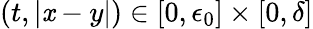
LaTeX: (t,|\mathit{x}-y|)\in[0,\epsilon_{0}]\times[0,\delta]